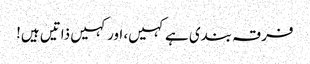
فرقہ بندی ہے کہیں، اور کہیں ذاتیں ہیں!